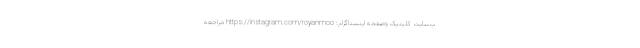
ب‌سایت کلینیک وصفحه اینستاگرام: https://instagram.com/royanmoo مراجعه